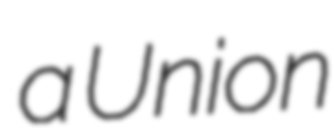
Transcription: a Union